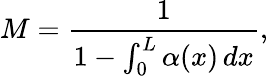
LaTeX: M={\frac{1}{1-\int_{0}^{L}\alpha(x)\, dx}},